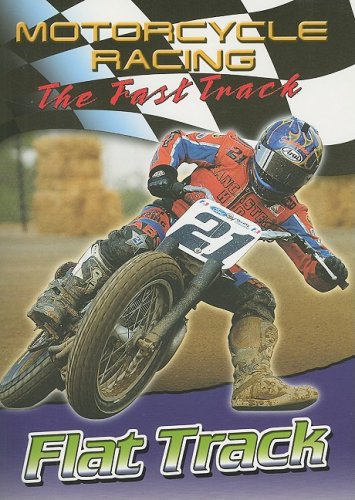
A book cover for Flat Track (Motorcycle Racing: The Fast Track); Jim Mezzanotte; Children's Books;